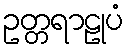
ဥတ္တရာဠုပံ